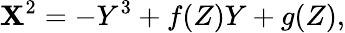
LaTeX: \mathbf{X}^{2}=-Y^{3}+f(Z)Y+g(Z),